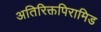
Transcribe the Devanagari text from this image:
अतिरिक्तपिरामिड